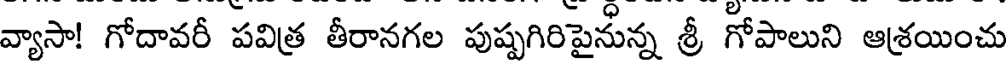
వ్యాసా! గోదావరీ పవిత్ర తీరానగల పుష్పగిరిపైనున్న శ్రీ గోపాలుని ఆశ్రయించు